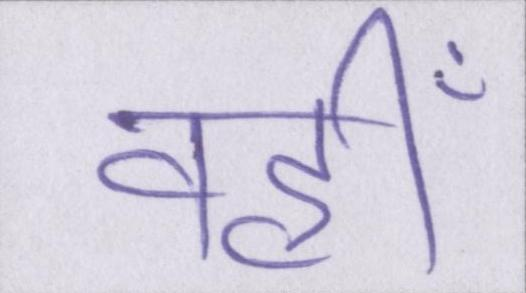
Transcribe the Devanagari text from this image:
वहीँ